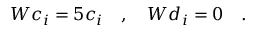
W c _ { i } = 5 c _ { i } \quad , \quad W d _ { i } = 0 \quad .